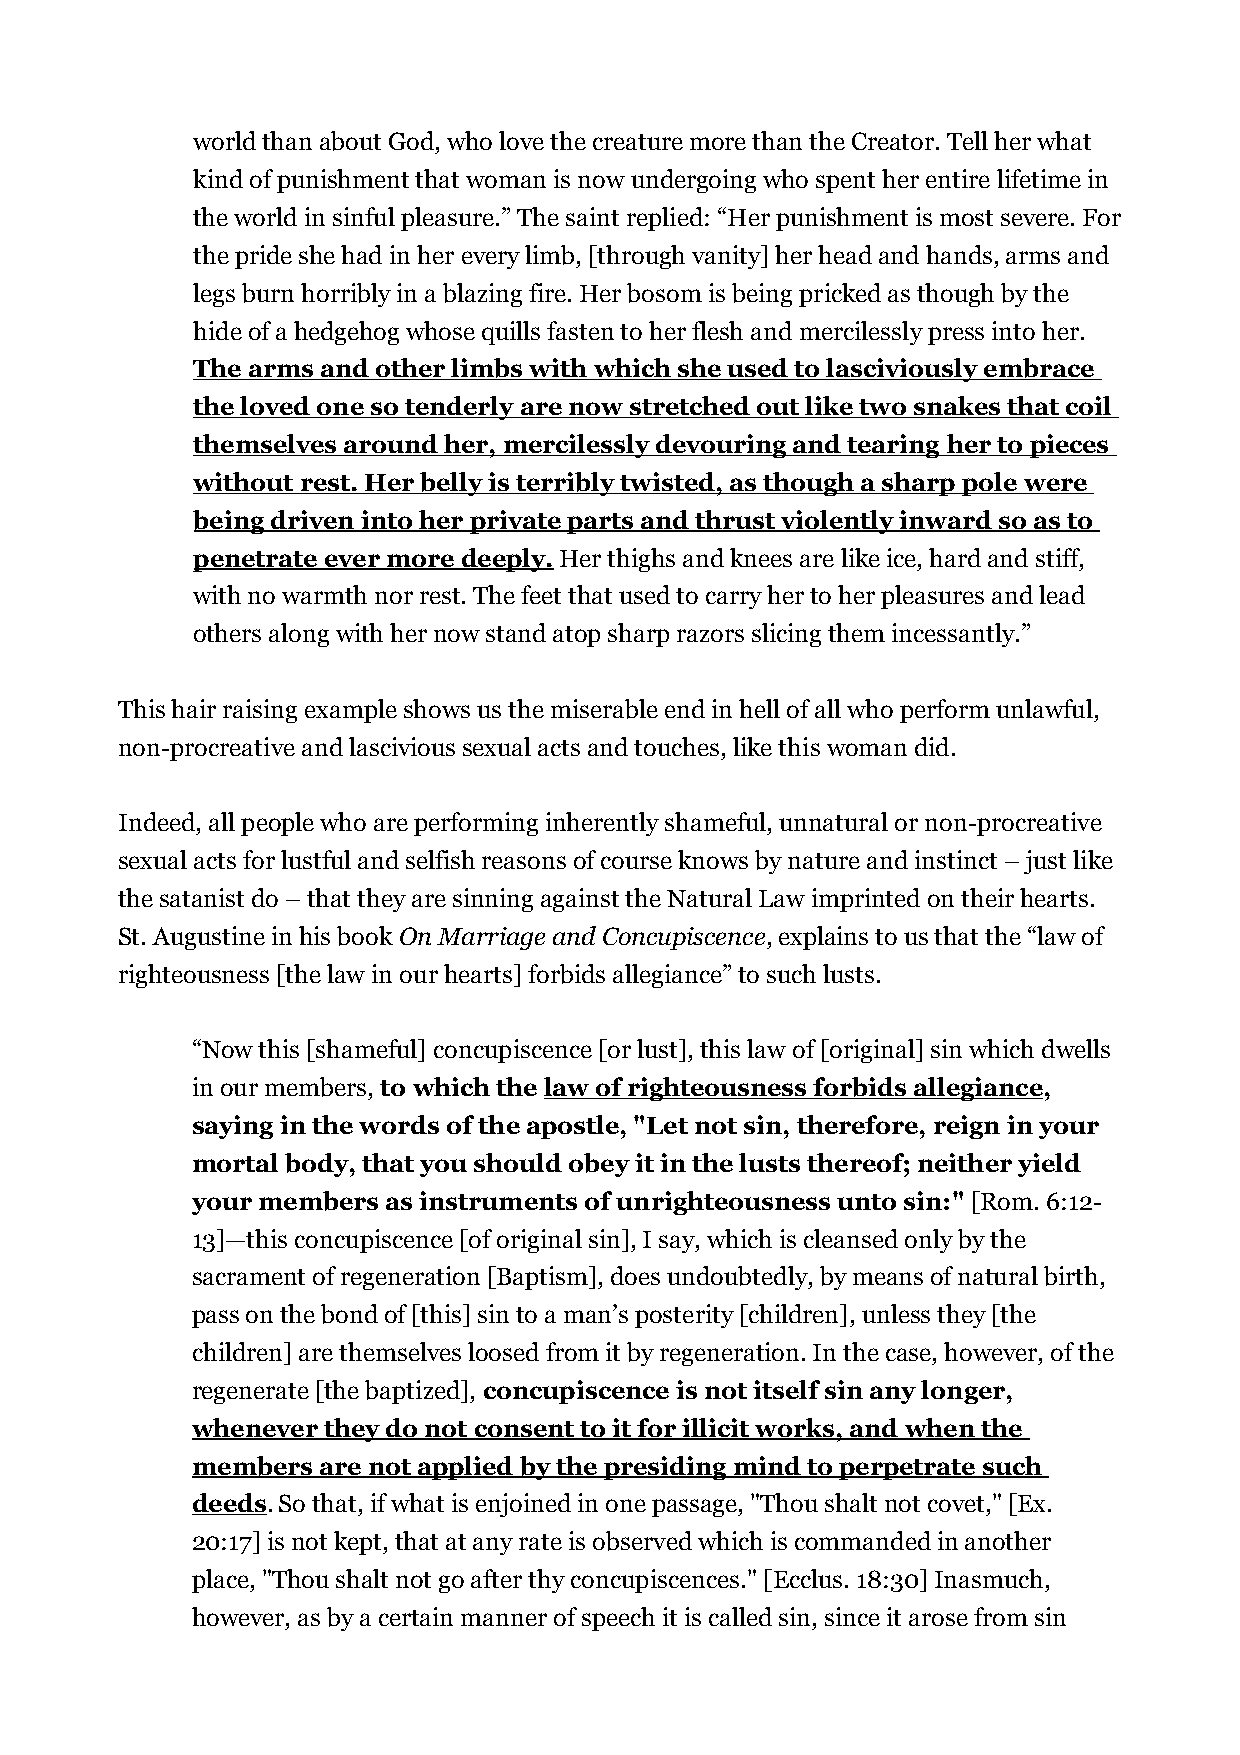
world than about God, who love the creature more than the Creator. Tell her what
 kind of punishment that woman is now undergoing who spent her entire lifetime in
 the world in sinful pleasure.” The saint replied: “Her punishment is most severe. For
 the pride she had in her every limb, [through vanity] her head and hands, arms and
 legs burn horribly in a blazing fire. Her bosom is being pricked as though by the
 hide of a hedgehog whose quills fasten to her flesh and mercilessly press into her.
 The arms and other limbs with which she used to lasciviously embrace
 the loved one so tenderly are now stretched out like two snakes that coil
 themselves around her, mercilessly devouring and tearing her to pieces
 without rest. Her belly is terribly twisted, as though a sharp pole were
 being driven into her private parts and thrust violently inward so as to
 penetrate ever more deeply. Her thighs and knees are like ice, hard and stiff,
 with no warmth nor rest. The feet that used to carry her to her pleasures and lead
 others along with her now stand atop sharp razors slicing them incessantly.”
 This hair raising example shows us the miserable end in hell of all who perform unlawful,
 non-procreative and lascivious sexual acts and touches, like this woman did.
 Indeed, all people who are performing inherently shameful, unnatural or non-procreative
 sexual acts for lustful and selfish reasons of course knows by nature and instinct – just like
 the satanist do – that they are sinning against the Natural Law imprinted on their hearts.
 St. Augustine in his book On Marriage and Concupiscence, explains to us that the “law of
 righteousness [the law in our hearts] forbids allegiance” to such lusts.
 “Now this [shameful] concupiscence [or lust], this law of [original] sin which dwells
 in our members, to which the law of righteousness forbids allegiance,
 saying in the words of the apostle, "Let not sin, therefore, reign in your
 mortal body, that you should obey it in the lusts thereof; neither yield
 your members as instruments of unrighteousness unto sin:" [Rom. 6:12-
 13]—this concupiscence [of original sin], I say, which is cleansed only by the
 sacrament of regeneration [Baptism], does undoubtedly, by means of natural birth,
 pass on the bond of [this] sin to a man’s posterity [children], unless they [the
 children] are themselves loosed from it by regeneration. In the case, however, of the
 regenerate [the baptized], concupiscence is not itself sin any longer,
 whenever they do not consent to it for illicit works, and when the
 members are not applied by the presiding mind to perpetrate such
 deeds. So that, if what is enjoined in one passage, "Thou shalt not covet," [Ex.
 20:17] is not kept, that at any rate is observed which is commanded in another
 place, "Thou shalt not go after thy concupiscences." [Ecclus. 18:30] Inasmuch,
 however, as by a certain manner of speech it is called sin, since it arose from sin